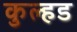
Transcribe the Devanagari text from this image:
कुल्हड